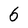
Character: 6